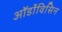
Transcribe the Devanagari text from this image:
ऑर्डोविसिन